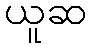
ယူဆ